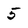
Character: 5